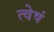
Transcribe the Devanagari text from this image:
त्वेषं